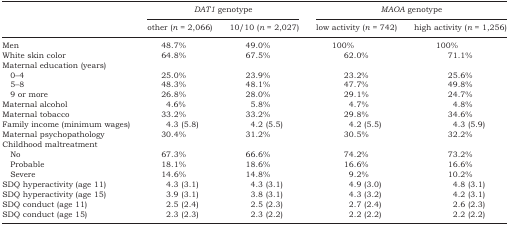
<table><thead><tr><td></td><td colspan="2"><b><i>DAT1</i> genotype</b></td><td colspan="2"><b><i>MAOA</i> genotype</b></td></tr><tr><td></td><td><b>other (<i>n </i>= 2,066)</b></td><td><b>10/10 (<i>n </i>= 2,027)</b></td><td><b>low activity (<i>n </i>= 742)</b></td><td><b>high activity (<i>n </i>= 1,256)</b></td></tr></thead><tbody><tr><td>Men</td><td>48.7%</td><td>49.0%</td><td>100%</td><td>100%</td></tr><tr><td>White skin color</td><td>64.8%</td><td>67.5%</td><td>62.0%</td><td>71.1%</td></tr><tr><td colspan="5">Maternal education (years)</td></tr><tr><td> 0–4</td><td>25.0%</td><td>23.9%</td><td>23.2%</td><td>25.6%</td></tr><tr><td> 5–8</td><td>48.3%</td><td>48.1%</td><td>47.7%</td><td>49.8%</td></tr><tr><td> 9 or more</td><td>26.8%</td><td>28.0%</td><td>29.1%</td><td>24.7%</td></tr><tr><td>Maternal alcohol</td><td>4.6%</td><td>5.8%</td><td>4.7%</td><td>4.8%</td></tr><tr><td>Maternal tobacco</td><td>33.2%</td><td>33.2%</td><td>29.8%</td><td>34.6%</td></tr><tr><td>Family income (minimum wages)</td><td>4.3 (5.8)</td><td>4.2 (5.5)</td><td>4.2 (5.5)</td><td>4.3 (5.9)</td></tr><tr><td>Maternal psychopathology</td><td>30.4%</td><td>31.2%</td><td>30.5%</td><td>32.2%</td></tr><tr><td colspan="5">Childhood maltreatment</td></tr><tr><td> No</td><td>67.3%</td><td>66.6%</td><td>74.2%</td><td>73.2%</td></tr><tr><td> Probable</td><td>18.1%</td><td>18.6%</td><td>16.6%</td><td>16.6%</td></tr><tr><td> Severe</td><td>14.6%</td><td>14.8%</td><td>9.2%</td><td>10.2%</td></tr><tr><td>SDQ hyperactivity (age 11)</td><td>4.3 (3.1)</td><td>4.3 (3.1)</td><td>4.9 (3.0)</td><td>4.8 (3.1)</td></tr><tr><td>SDQ hyperactivity (age 15)</td><td>3.9 (3.1)</td><td>3.8 (3.1)</td><td>4.3 (3.2)</td><td>4.2 (3.1)</td></tr><tr><td>SDQ conduct (age 11)</td><td>2.5 (2.4)</td><td>2.5 (2.3)</td><td>2.7 (2.4)</td><td>2.6 (2.3)</td></tr><tr><td>SDQ conduct (age 15)</td><td>2.3 (2.3)</td><td>2.3 (2.2)</td><td>2.2 (2.2)</td><td>2.2 (2.2)</td></tr></tbody></table>